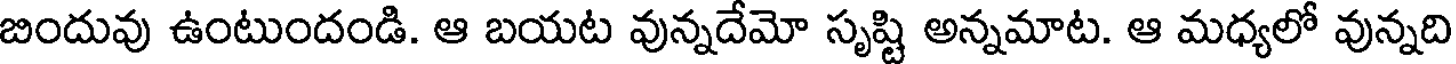
బిందువు ఉంటుందండి. ఆ బయట వున్నదేమో సృష్టి అన్నమాట. ఆ మధ్యలో వున్నది